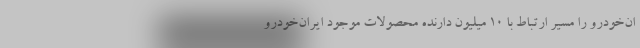
ان‌خودرو را مسیر ارتباط با ۱۰ میلیون دارنده محصولات موجود ایران‌خودرو